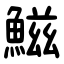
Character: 鰦